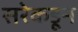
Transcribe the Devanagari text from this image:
सरेकडून